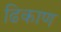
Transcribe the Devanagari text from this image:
ढिकाण